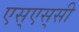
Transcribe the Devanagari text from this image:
एस्‌एस्‌सी